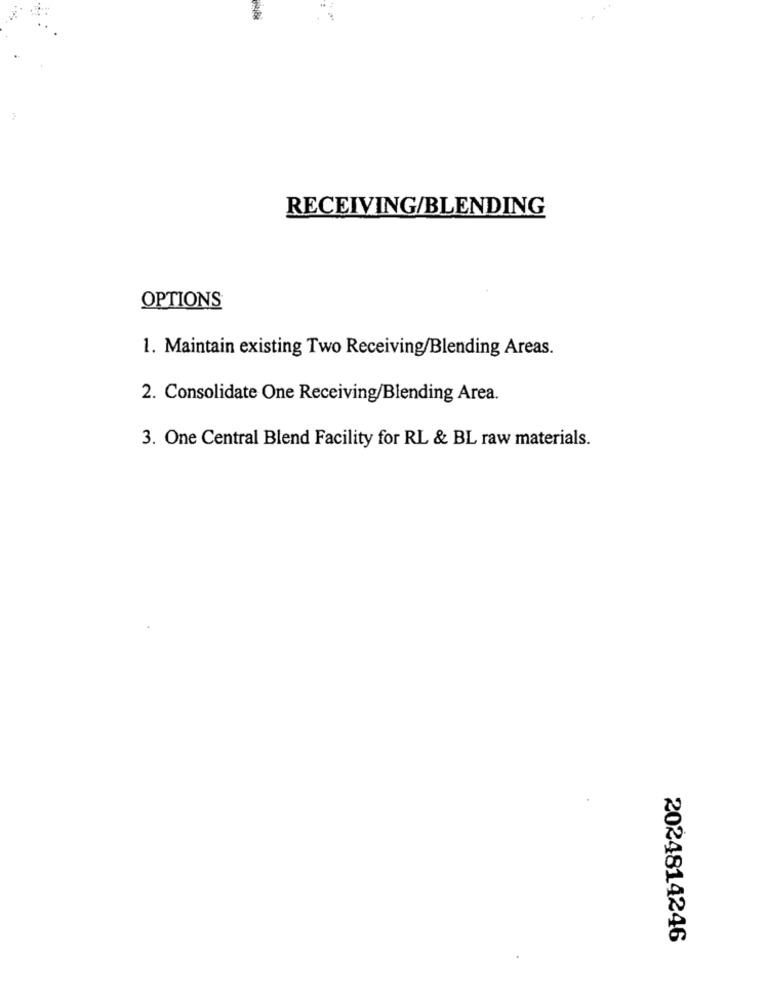
RECEIVING/BLENDING
OPTIONS
1. Maintain existing Two Receiving/Blending Areas.
2. Consolidate One Receiving/Blending Area.
3. One Central Blend Facility for RL & BL raw materials.
2024814246